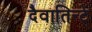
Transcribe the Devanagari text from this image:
दैवातिन्टे